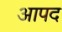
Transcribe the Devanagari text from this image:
आपद